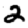
Digit: 2